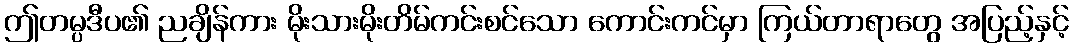
ဤတမ္ပဒီပ၏ ညချိန်ကား မိုးသားမိုးတိမ်ကင်းစင်သော ကောင်းကင်မှာ ကြယ်တာရာတွေ အပြည့်နှင့်